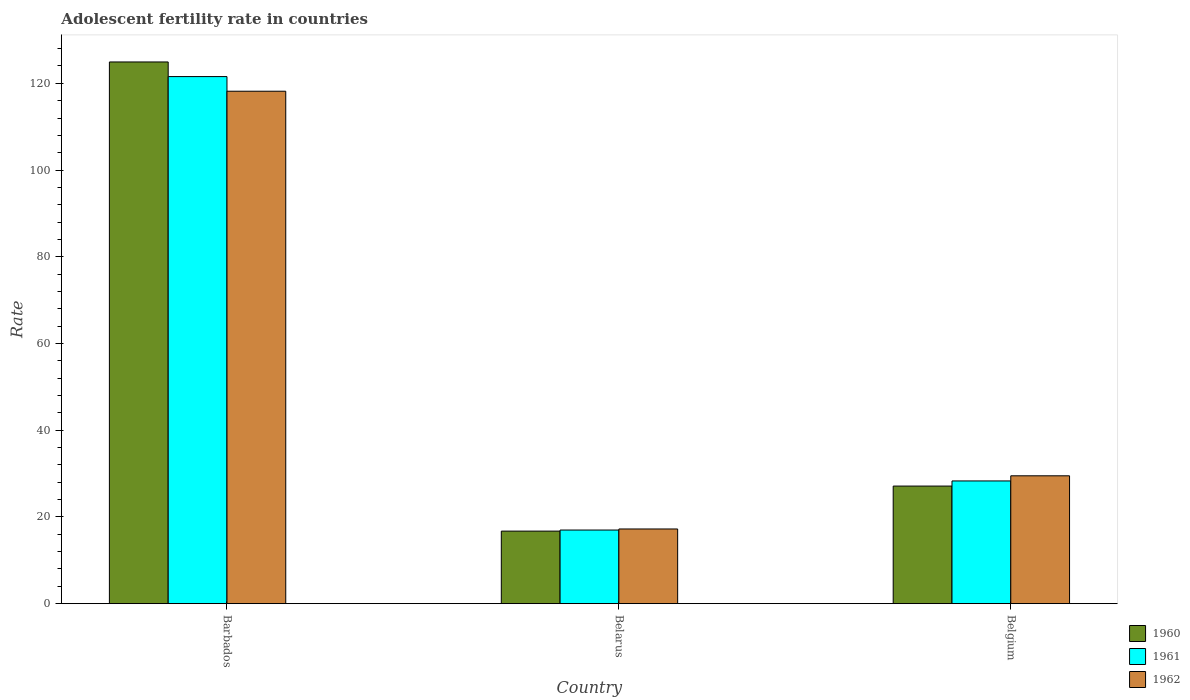
| Country | 1960 | 1961 | 1962 |
 | --- | --- | --- | --- |
 | Barbados | 125 | 122 | 118 |
 | Belarus | 16.7 | 17 | 17.2 |
 | Belgium | 27.1 | 28.3 | 29.5 |